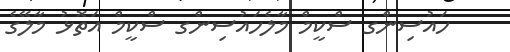
ހައުސިންގ ސްކީމް މާލެހައުސިންގ ސްކީމް އަތޮޅު މާލޭގެ